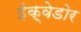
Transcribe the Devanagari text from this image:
ईक्वेडोर